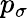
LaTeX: p_{\sigma}